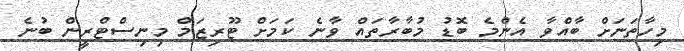
މިހާތަނަށް ބާއްވާ އެންމެ ބޮޑު މުބާރާތައް ވާނެ ކަމަށް ޓޫރިޒަމް މިނިސްޓްރީން ބުނެ